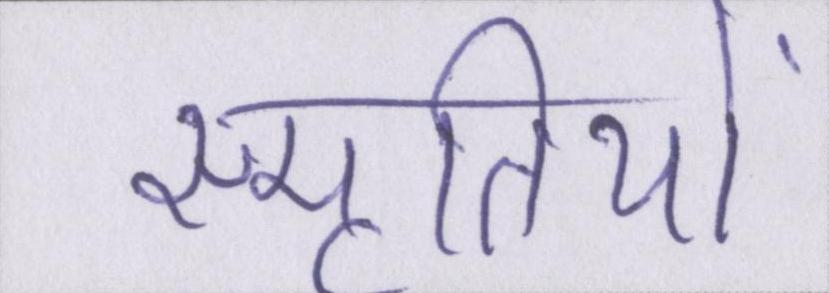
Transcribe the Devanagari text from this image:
स्मृतियों